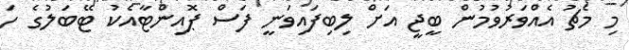
މި މެޗު އެއްވަރުވުމުން ބީޖީ އަށް ލިބިފައިވަނީ ފަސް ޕޮއިންޓާއެކު ޓޭބަލުގެ ހަ